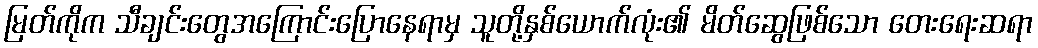
မြတ်ကိုက သီချင်းတွေအကြောင်းပြောနေရာမှ သူတို့နှစ်ယောက်လုံး၏ မိတ်ဆွေဖြစ်သော တေးရေးဆရာ